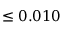
\leq 0 . 0 1 0